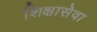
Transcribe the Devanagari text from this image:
शिक्षासेवा